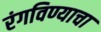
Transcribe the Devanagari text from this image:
रंगविण्याचा